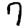
Digit: 7